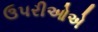
ઉપરીઓએ